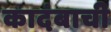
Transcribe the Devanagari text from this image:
कादंबाची